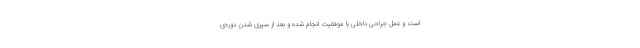
است و عمل جراحی داخلی با موفقیت انجام شده و بعد از سپری شدن دوره‌ی